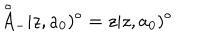
{ \mathop { A } ^ { \circ } } _ { - } | z , a _ { 0 } ) ^ { \circ } = z | z , a _ { 0 } ) ^ { \circ }